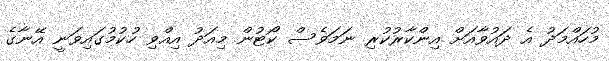
މުހައްމަދު އެ ދައުވާއަށް އިންކާރުކުރި ނަމަވެސް ކޯޓުން މިއަދު އިއްވި ހުކުމުގައިވަނީ އޭނާގެ